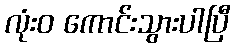
လုံးဝ ကောင်းသွားပါပြီ